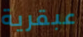
عبقرية